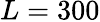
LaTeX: L=300